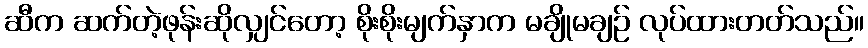
ဆီက ဆက်တဲ့ဖုန်းဆိုလျှင်တော့ စိုးစိုးမျက်နှာက မချိုမချဉ် လုပ်ထားတတ်သည်။